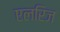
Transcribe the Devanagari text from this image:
एलरिज